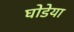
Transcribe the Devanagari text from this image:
घोडेया